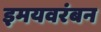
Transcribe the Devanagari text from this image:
इमयवरंबन